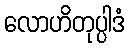
လောဟိတုပ္ပါဒံ